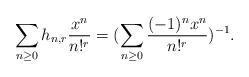
LaTeX: \begin{align*}\sum_{n\ge 0}h_{n,r}\frac{x^n}{n!^r}=(\sum_{n\ge 0}\frac{(-1)^nx^n}{n!^r})^{-1}.\end{align*}